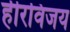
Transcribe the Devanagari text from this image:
हीरविजय